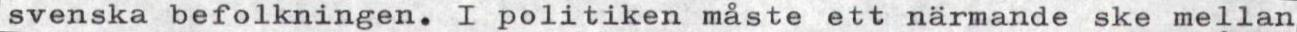
svenska befolkningen. I politiken måste ett närmande ske mellan